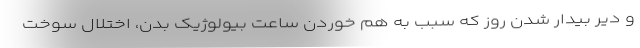
و دیر بیدار شدن روز که سبب به هم خوردن ساعت بیولوژیک بدن، اختلال سوخت